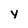
Character: y